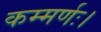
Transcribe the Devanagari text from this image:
कम्मर्णः।